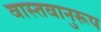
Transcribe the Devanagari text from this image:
वास्तवानुरूप